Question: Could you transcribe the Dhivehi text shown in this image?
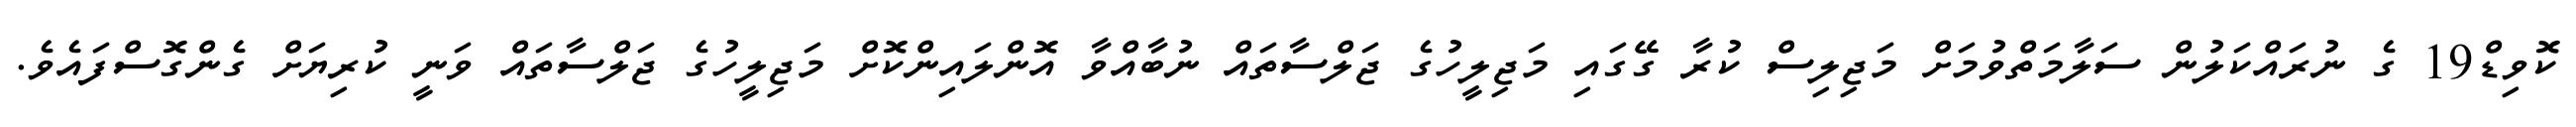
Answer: ކޮވިޑް19 ގެ ނުރައްކަލުން ސަލާމަތްވުމަށް މަޖިލިސް ކުރާ ގޭގައި މަޖިލީހުގެ ޖަލްސާތައް ނުބާއްވާ އޮންލައިންކޮށް މަޖިލީހުގެ ޖަލްސާތައް ވަނީ ކުރިޔަށް ގެންގޮސްފައެވެ.